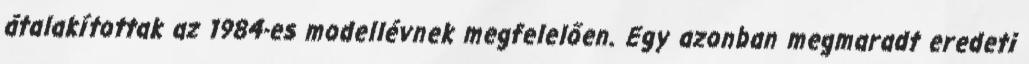
átalakítottak az 1984-es modellévnek megfelelően. Egy azonban megmaradt eredeti